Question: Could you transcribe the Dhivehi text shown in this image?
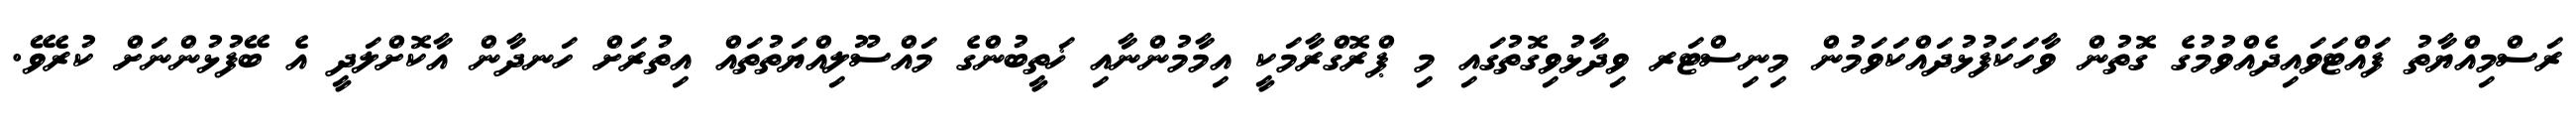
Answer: ރަސްމިއްޔާތު ފައްޓަވައިދެއްވުމުގެ ގޮތުން ވާހަކަފުޅުދައްކަވަމުން މިނިސްޓަރ ވިދާޅުވިގޮތުގައި މި ޕްރޮގްރާމަކީ އިމާމުންނާއި ޚަތީބުންގެ މައްސޫލިއްޔަތުތައް އިތުރަށް ހަނދާން އާކޮށްލަދީ އެ ބޭފުޅުންނަށް ކުރެވޭ.